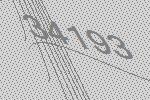
34193